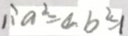
\therefore a ^ { 2 } = a b ^ { 2 } = 1